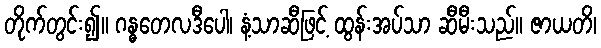
တိုက်တွင်း၍။ ဂန္ဓတေလဒီပေါ၊ နံ့သာဆီဖြင့် ထွန်းအပ်သာ ဆီမီးသည်။ ဇာယတိ၊